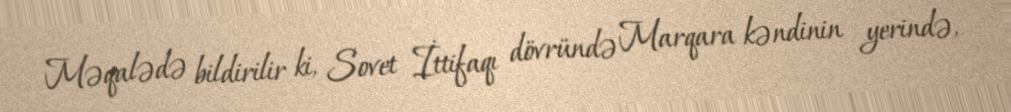
Məqalədə bildirilir ki, Sovet İttifaqı dövründə Marqara kəndinin yerində,